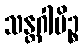
သန္တဂါမိဉ္စ